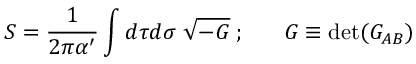
S = \frac { 1 } { 2 \pi \alpha ^ { \prime } } \int d \tau d \sigma \; \sqrt { - G } \; ; \; \; \; \; \; \; G \equiv { \mathrm { d e t } } ( G _ { A B } )